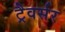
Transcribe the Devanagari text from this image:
ट्रैवर्सर